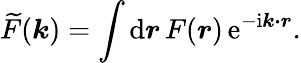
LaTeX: \widetilde{F}(\boldsymbol{k})=\int\mathrm{d}\boldsymbol{r}\, F(\boldsymbol{r})\, \mathrm{e}^{-\mathrm{i}\boldsymbol{k\cdot r}}.